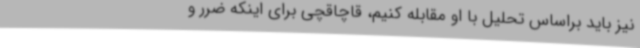
نیز باید براساس تحلیل با او مقابله کنیم، قاچاقچی برای اینکه ضرر و